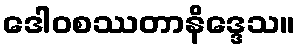
ဒေါဝစဿတာနိဒ္ဒေသ။